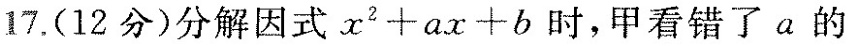
17.(12分)分解因式$$x ^ { 2 } + a x + b$$时，甲看错了a的